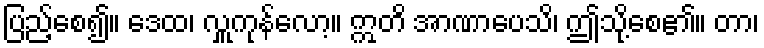
ပြည့်စေ၍။ ဒေထ၊ လှူကုန်လော့။ ဣတိ အာဏာပေသိ၊ ဤသို့စေ၏။ တာ၊